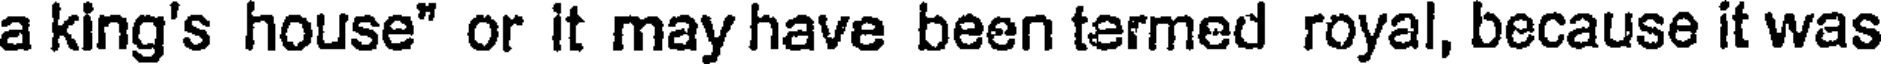
a king's house" or it may have been termed royal, because it was